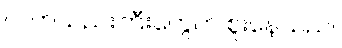
လက်သည်းကြီးတွေက စူးနေသည်။